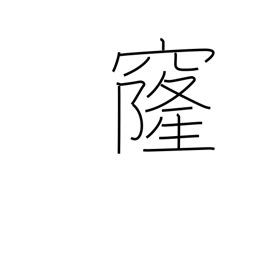
Meaning: vault (of sky)